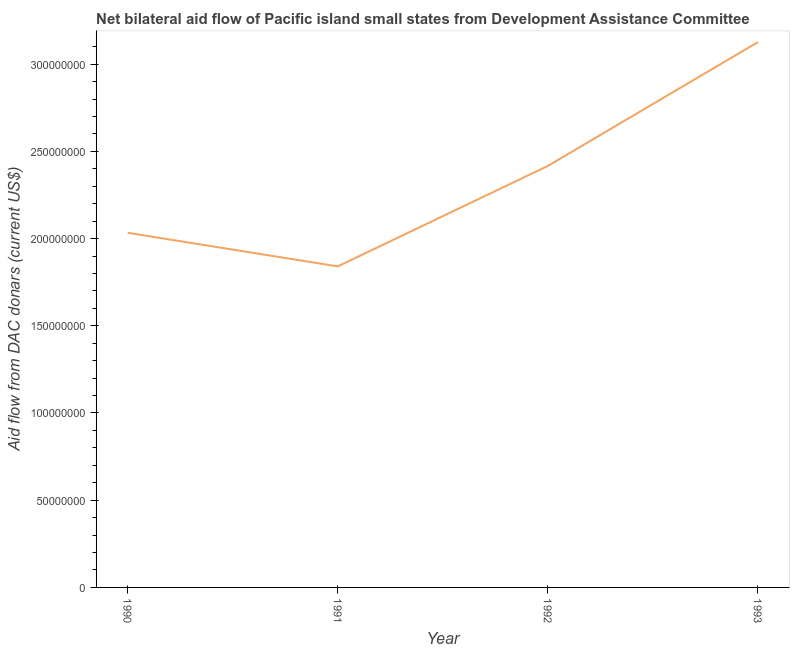
| Year | Net bilateral aid flows from DAC donors |
 | --- | --- |
 | 1990 | 2.03e+08 |
 | 1991 | 1.84e+08 |
 | 1992 | 2.42e+08 |
 | 1993 | 3.13e+08 |